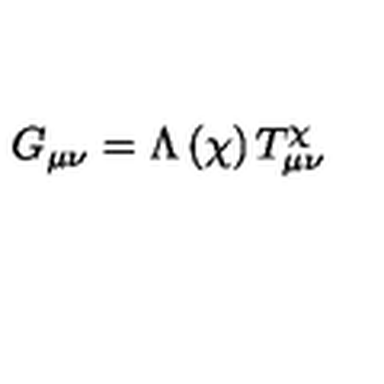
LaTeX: G _ { \mu \nu } = \Lambda \left( \chi \right) T _ { \mu \nu } ^ { \chi }